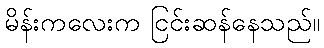
မိန်းကလေးက ငြင်းဆန်နေသည်။